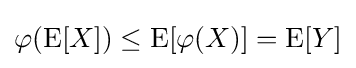
\varphi (\operatorname {E} [X])\leq \operatorname {E} [\varphi (X)]=\operatorname {E} [Y]